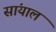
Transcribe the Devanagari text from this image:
सांयाल